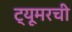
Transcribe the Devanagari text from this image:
ट्यूमरची